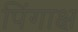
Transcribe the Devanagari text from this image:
पिंगाक्ष